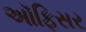
અૉફિસર